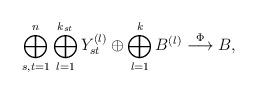
LaTeX: \begin{align*}\bigoplus_{s,t=1}^n\bigoplus_{l=1}^{k_{st}} Y_{st}^{(l)}\oplus \bigoplus_{l=1}^{k} B^{(l)}\overset{\Phi}{\longrightarrow} B,\end{align*}